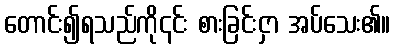
တောင်း၍ရသည်ကို၎င်း စားခြင်းငှာ အပ်သေး၏။